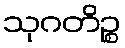
သုဂတိဉ္စ